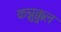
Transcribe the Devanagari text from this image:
कन्नुक्कुल